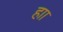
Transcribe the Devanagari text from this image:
हाा